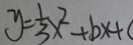
y = \frac { 1 } { 3 } x ^ { 2 } + b x +